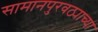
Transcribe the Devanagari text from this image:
सामानपुरवठ्याच्या